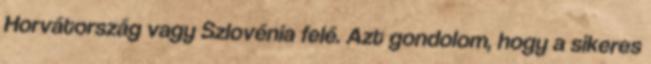
Horvátország vagy Szlovénia felé. Azt gondolom, hogy a sikeres